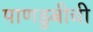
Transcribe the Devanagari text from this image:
पाणडुबीची